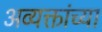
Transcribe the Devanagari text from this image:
अव्यक्तांच्या